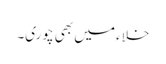
خلاء میں بھی چوری۔